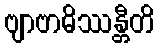
ဗျာဗာဓိဿန္တီတိ